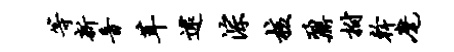
等新音茸逮淙核鼐拊干麾